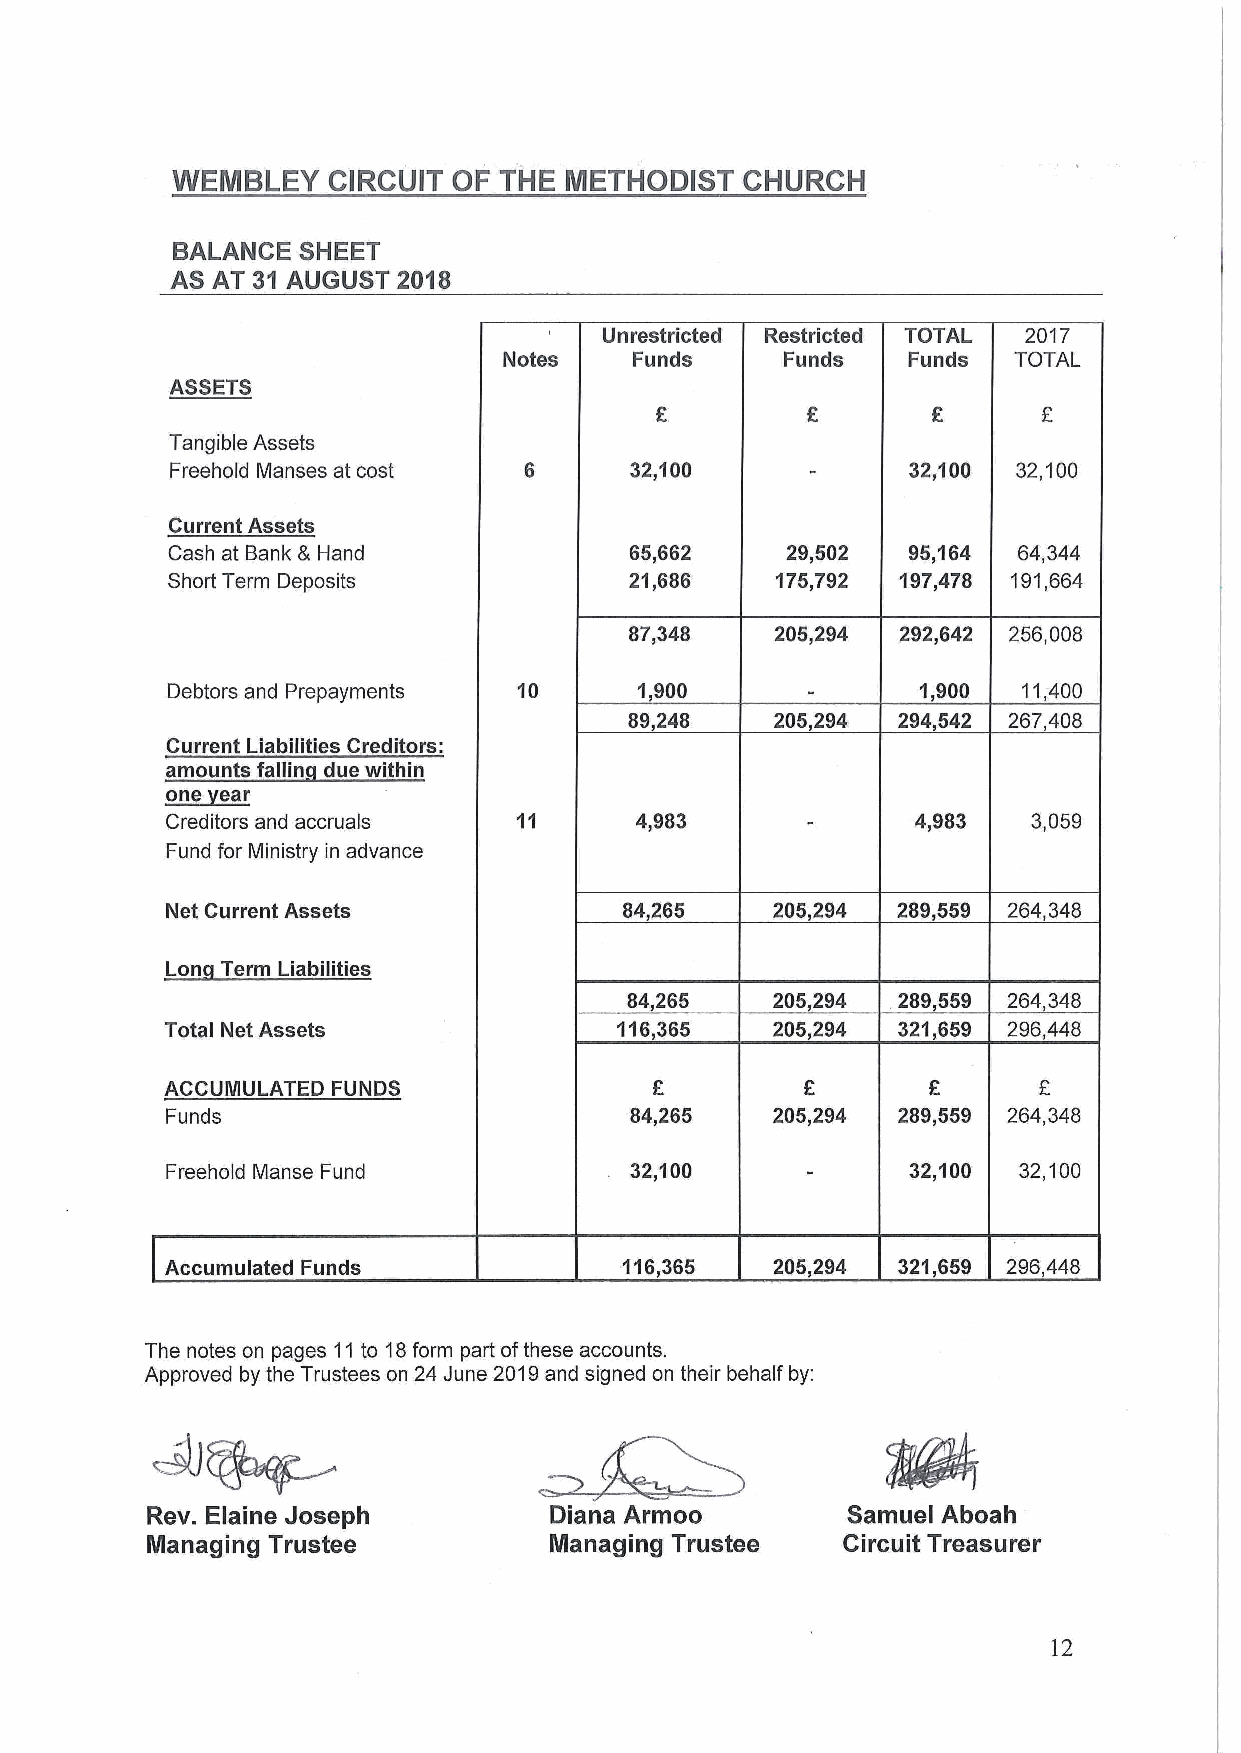
WEMSLEY    CIRCUIT OF THE METHODIST   CHURCH
 BALANCE  SHEET
 AS AT 31 AUGUST 2018
 Unrestricted Restricted TOTAL 2017
 Notes    Funds     Funds   Funds  TOTAL
 ASSETS
 Tangible Assets
 Freehold Manses at cost        32,100            32,100 32,100
 Current Assets
 Cash at Bank 5 Hand            65,662    29,502  95,164 64,344
 Short Term Deposits            21,686   175,792  197,478 191,664
 87,348   205,294 292,642 256,008
 Debtors and Prepayments 10     1,900              1,900  1'j,400
 89,248   205,294 294,542 267,408
 Current Liabilities Creditors:
 amounts fallin due within
 ~one ear
 Creditors and accruals         4,983              4,983  3,059
 Fund for Ministry in advance
 Net Current Assets            84,265    205,294 289,559 264,348
 Lon Term Liabilities
 84,265    205,294 289,559 264,348
 Total Net Assets              116„365   205,294 321,659 296,448
 ACCUMULATED FUNDS                         R               E
 Funds                          84,265   205,294 289,559 264,348
 Freehold Manse Fund            32,100            32,100 32,100
 Accumulated Funds             116,365   205,294 321,659 296,448
 The notes on pages 11to 18form part ofthese accounts.
 Approved by the Trustees on 24 June 2019and signed on their behalf by:
 Rev. Elaine Joseph        Diana Armoo         Samuel Aboah
 Managing Trustee          Managing Trustee    Circuit Treasurer